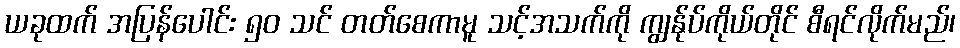
ယခုထက် အပြန်ပေါင်း ၅၀ သင် တတ်စေကာမူ သင့်အသက်ကို ကျွန်ုပ်ကိုယ်တိုင် စီရင်လိုက်မည်၊